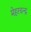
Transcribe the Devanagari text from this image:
मेहरचन्द्र